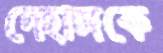
দেহাঙ্গকে